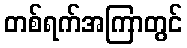
တစ်ရက်အကြာတွင်